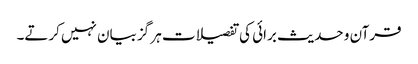
قرآن و حدیث برائی کی تفصیلات ہر گز بیان نہیں کرتے۔